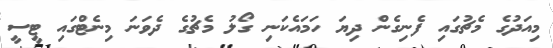
މިއަދުގެ މެޗުގައި ފެނިގެން ދިޔަ ހަމައެކަނި ގޯލު މެޗުގެ ދެވަނަ މިނެޓްގައި ޓީސީ